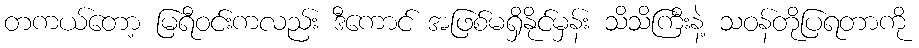
တကယ်တော့ မြရီဝင်းကလည်း ဒီကောင် အဖြစ်မရှိနိုင်မှန်း သိသိကြီးနဲ့ သဝန်တိုပြရတာကို